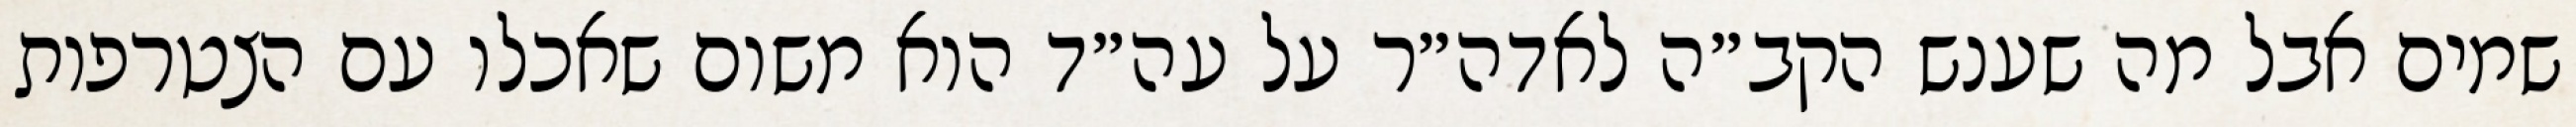
שמים אבל מה שענש הקב״ה לאדה״ר על עה״ד הוא משום שאכלו עם הצטרפות